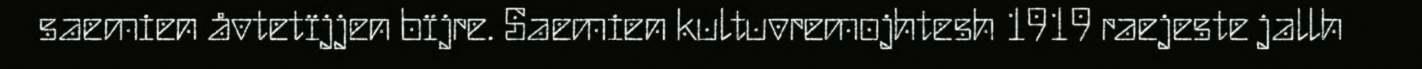
saemien åvtetïjjen bïjre. Saemien kultuvremojhtesh 1919 raejeste jallh